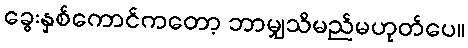
ခွေးနှစ်ကောင်ကတော့ ဘာမျှသိမည်မဟုတ်ပေ။